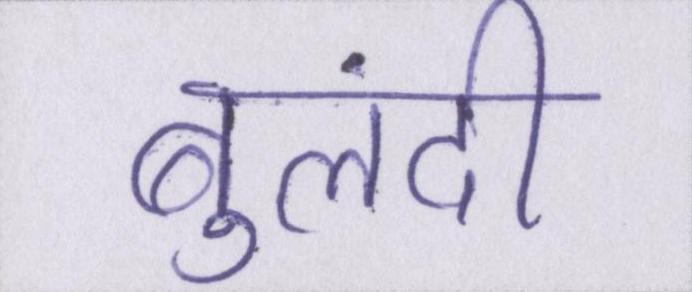
बुलंदी